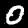
Digit: 0